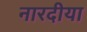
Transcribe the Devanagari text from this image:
नारदीया